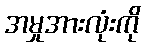
အမှုအားလုံးကို